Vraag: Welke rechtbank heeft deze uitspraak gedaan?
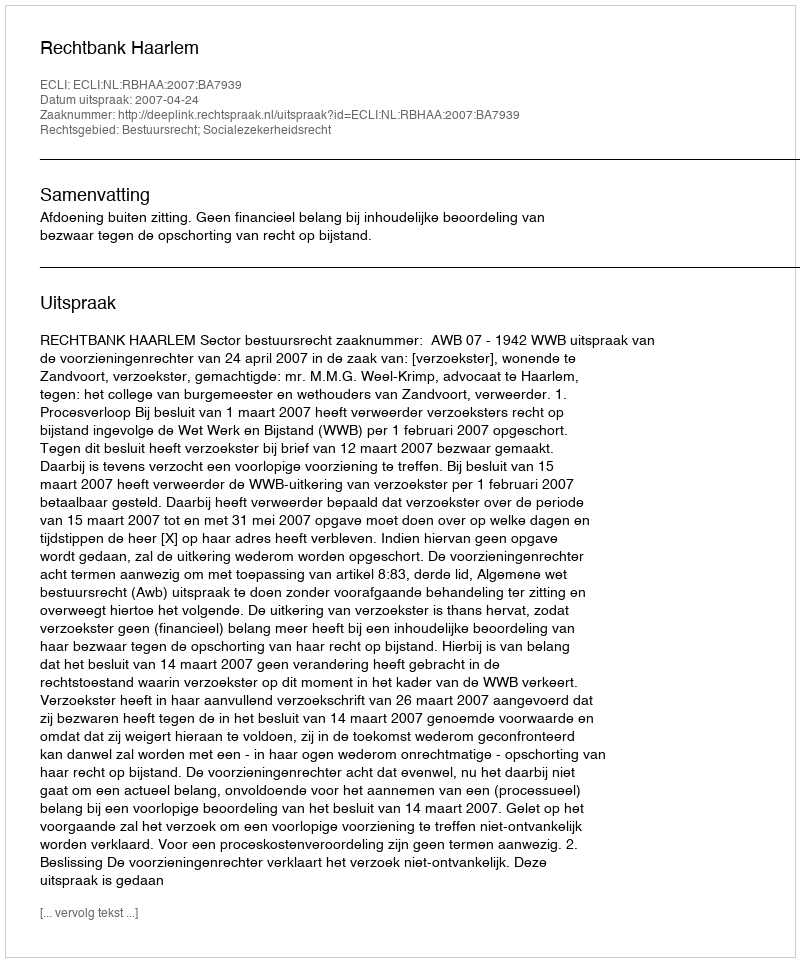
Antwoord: Rechtbank Haarlem